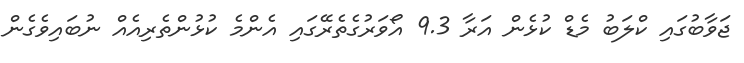
ޖަވާބުގައި ކްލަބު މެޑް ކުޅެން އަރާ 9.3 އޯވަރުގެތެރޭގައި އެންމެ ކުޅުންތެރިއެއް ނުބައިވެގެން